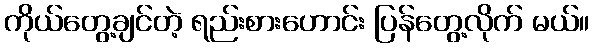
ကိုယ်တွေ့ချင်တဲ့ ရည်းစားဟောင်း ပြန်တွေ့လိုက် မယ်။